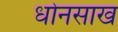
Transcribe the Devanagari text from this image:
धोनसाख